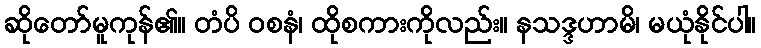
ဆိုတော်မူကုန်၏။ တံပိ ဝစနံ၊ ထိုစကားကိုလည်း။ နသဒ္ဒဟာမိ၊ မယုံနိုင်ပါ။